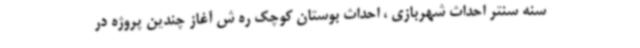
سنه سنتر احداث شهربازی ، احداث بوستان کوچک ره ش آغاز چندین پروژه در